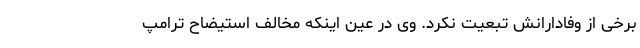
برخی از وفادارانش تبعیت نکرد. وی در عین اینکه مخالف استیضاح ترامپ